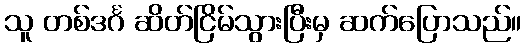
သူ တစ်ဒင်္ဂ ဆိတ်ငြိမ်သွားပြီးမှ ဆက်ပြောသည်။